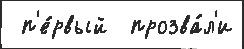
 п'е́рвый  прозва́л'и